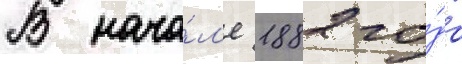
В нача́л'е 1882 го́да